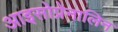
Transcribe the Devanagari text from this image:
आइसोप्रेनालिन